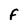
Character: F